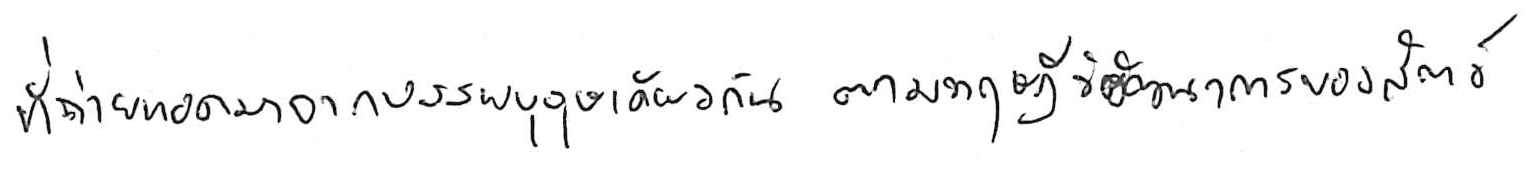
ที่ถ่ายทอดมาจากบรรพบุรุษเดียวกัน ตามทฤษฎีวิวัฒนาการของสัตว์